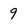
Character: 9